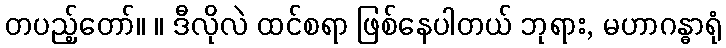
တပည့်တော်။ ။ ဒီလိုလဲ ထင်စရာ ဖြစ်နေပါတယ် ဘုရား, မဟာဂန္ဓာရုံ